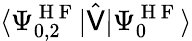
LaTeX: \langle\Psi_{0,2}^{\mathrm{~H~F~}}|\hat{\mathsf{V}}|\Psi_{0}^{\mathrm{~H~F~}}\rangle